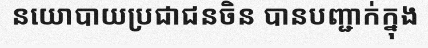
នយោបាយប្រជាជនចិន បានបញ្ជាក់ក្នុង